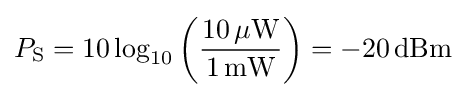
P_{\mathrm {S} }=10\log _{10}\left({\frac {10\,\mathrm {\mu W} }{1\,\mathrm {mW} }}\right)=-20\,\mathrm {dBm}